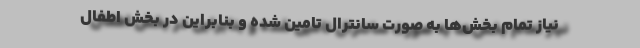
نیاز تمام بخش‌ها به صورت سانترال تامین شده و بنابراین در بخش اطفال